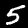
Label: 5